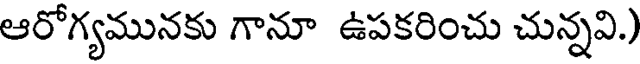
ఆరోగ్యమునకు గానూ ఉపకరించు చున్నవి.)